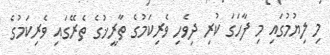
މި ލިޔުމުގައި މި ފާހަގަ ކުރި ދިވެހި ވެރިކަމުގެ ތާރީޚުގެ ތެރޭގައި ވެރިކަމުގެ